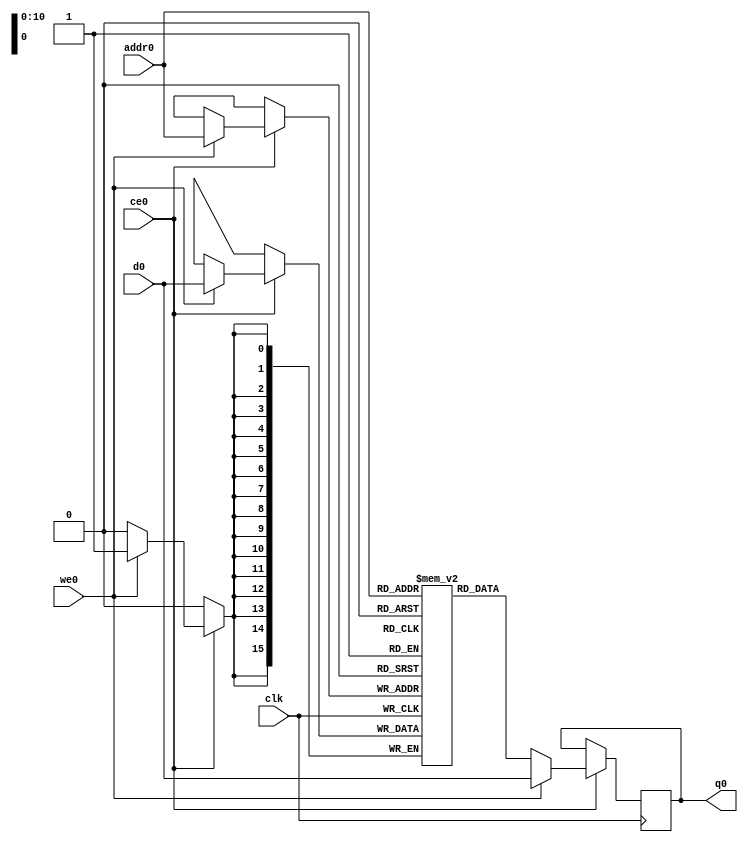
// ==============================================================
// File generated by Vivado(TM) HLS - High-Level Synthesis from C, C++ and SystemC
// Version: 2017.4
// Copyright (C) 1986-2017 Xilinx, Inc. All Rights Reserved.
// 
// ==============================================================

`timescale 1 ns / 1 ps
module line_buffer_21_bubkb_ram (addr0, ce0, d0, we0, q0,  clk);

parameter DWIDTH = 16;
parameter AWIDTH = 11;
parameter MEM_SIZE = 1792;

input[AWIDTH-1:0] addr0;
input ce0;
input[DWIDTH-1:0] d0;
input we0;
output reg[DWIDTH-1:0] q0;
input clk;

(* ram_style = "block" *)reg [DWIDTH-1:0] ram[0:MEM_SIZE-1];




always @(posedge clk)  
begin 
    if (ce0) 
    begin
        if (we0) 
        begin 
            ram[addr0] <= d0; 
            q0 <= d0;
        end 
        else 
            q0 <= ram[addr0];
    end
end


endmodule


`timescale 1 ns / 1 ps
module line_buffer_21_bubkb(
    reset,
    clk,
    address0,
    ce0,
    we0,
    d0,
    q0);

parameter DataWidth = 32'd16;
parameter AddressRange = 32'd1792;
parameter AddressWidth = 32'd11;
input reset;
input clk;
input[AddressWidth - 1:0] address0;
input ce0;
input we0;
input[DataWidth - 1:0] d0;
output[DataWidth - 1:0] q0;



line_buffer_21_bubkb_ram line_buffer_21_bubkb_ram_U(
    .clk( clk ),
    .addr0( address0 ),
    .ce0( ce0 ),
    .d0( d0 ),
    .we0( we0 ),
    .q0( q0 ));

endmodule